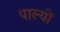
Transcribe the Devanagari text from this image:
पाल्यों